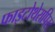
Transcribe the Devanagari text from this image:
फाइटोथेरापिस्ट